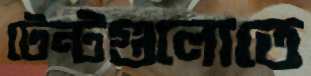
টেন্টগুলোতে